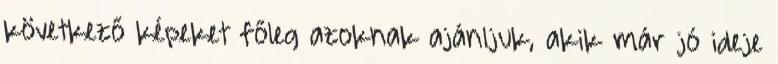
következő képeket főleg azoknak ajánljuk, akik már jó ideje